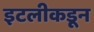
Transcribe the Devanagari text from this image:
इटलीकडून